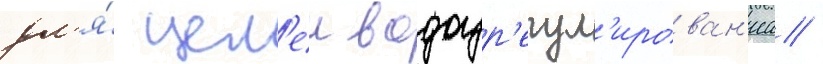
дл'я́ цел'еи водоур'егул'ирован'иа /